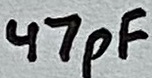
Text: 47pF